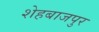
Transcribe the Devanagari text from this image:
शेहबाजपुर